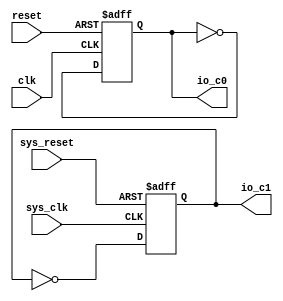
// Generator : SpinalHDL v1.7.2    git head : 08fc866bebdc40c471ebe327bface63e34406489
// Component : Clock_5
// Git hash  : 23d564a3e9d4d768c2cb1641ec7dc2becc0d2602

`timescale 1ns/1ps

module Clock_5 (
  output reg          io_c0,
  output              io_c1,
  input               clk,
  input               reset,
  input               sys_clk,
  input               sys_reset
);

  reg                 tmp;

  assign io_c1 = tmp;
  always @(posedge clk or posedge reset) begin
    if(reset) begin
      io_c0 <= 1'b0;
    end else begin
      io_c0 <= (! io_c0);
    end
  end

  always @(posedge sys_clk or posedge sys_reset) begin
    if(sys_reset) begin
      tmp <= 1'b0;
    end else begin
      tmp <= (! tmp);
    end
  end


endmodule